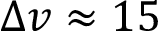
\Delta v \approx 1 5